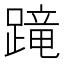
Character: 𨃸